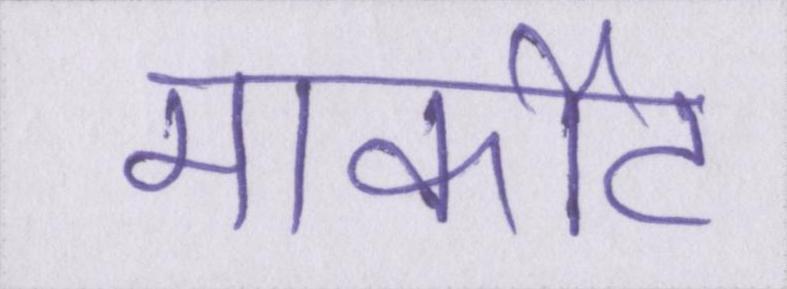
मार्कीट